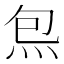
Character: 炰